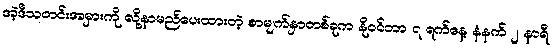
အဲ့ဒီသတင်းအမှားကို လို့နာမည်ပေးထားတဲ့ စာမျက်နှာတစ်ခုက နိုဝင်ဘာ ၇ ရက်နေ့ နံနက် ၂ နာရီ